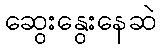
ဆွေးနွေးနေဆဲ